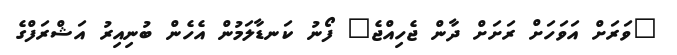
"ވަރަށް އަވަހަށް ރަށަށް ދާން ޖެހިއްޖެ" ފޯނު ކަނޑާލަމުން އެހެން ބުނިއިރު އަޝްރަފްގެ